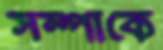
সম্পাকে